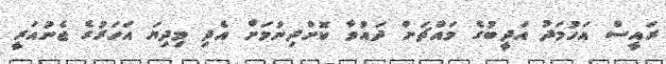
ރައީސް އަހުމަދު އަދީބުގެ މައްޗަށް ދައުވާ ކޮށްދިނުމަށް އެދި މިދިޔަ އަހަރުގެ ޖެނުއަރީ